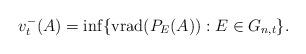
LaTeX: \begin{align*}v_t^-(A)=\inf \{{\rm vrad}(P_E(A)): E\in G_{n,t}\}.\end{align*}